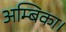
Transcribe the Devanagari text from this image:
अम्बिका।